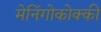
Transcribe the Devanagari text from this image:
मेनिंगोकोक्की